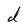
Character: d